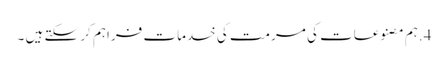
4.ہم مصنوعات کی مرمت کی خدمات فراہم کر سکتے ہیں ۔